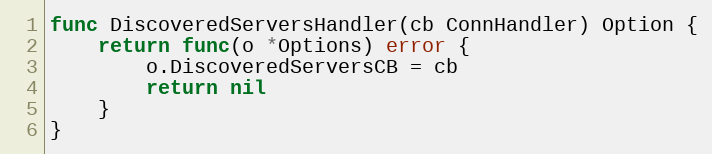
Language: Go
func DiscoveredServersHandler(cb ConnHandler) Option {
	return func(o *Options) error {
		o.DiscoveredServersCB = cb
		return nil
	}
}